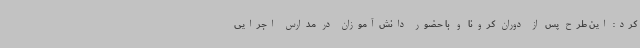
کرد: این طرح پس از دوران کرونا و با حضور دانش‌آموزان در مدارس اجرایی